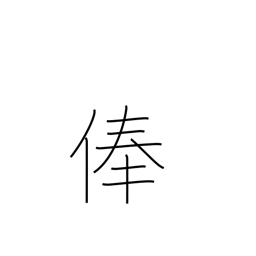
Meaning: stipend